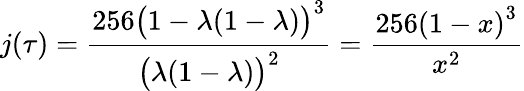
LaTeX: j(\tau)={\frac{256{\bigl(}1-\lambda(1-\lambda){\bigr)}^{3}}{{\bigl(}\lambda(1-\lambda){\bigr)}^{2}}}={\frac{256\left(1-x\right)^{3}}{x^{2}}}